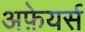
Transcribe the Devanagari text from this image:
अफ़ेयर्स